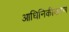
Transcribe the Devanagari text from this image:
आधिनिकीकरण